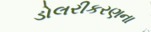
ડોલરીકરણના